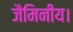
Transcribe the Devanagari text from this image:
जैमिनीय।